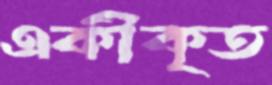
একীকৃত